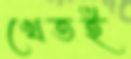
খেতই